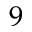
9